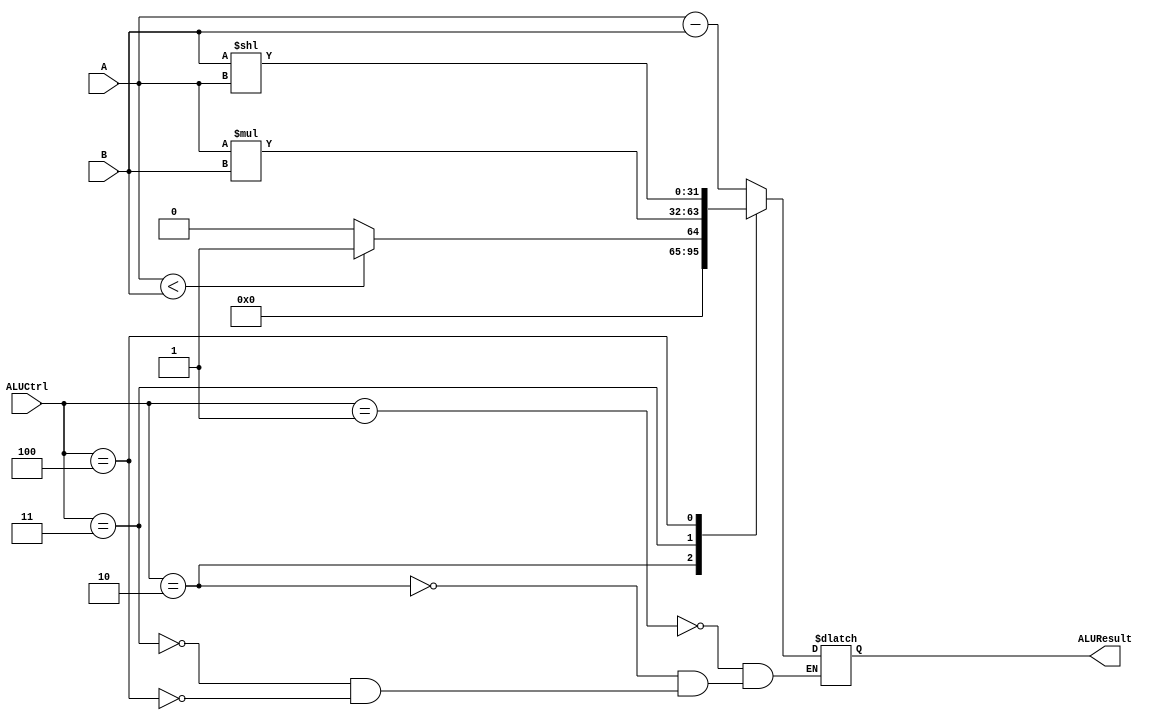
`timescale 1ns / 1ps
////////////////////////////////////////////////////////////////////////////////
// ECE369 - Computer Architecture
// Laboratory 3 (PreLab)
// Module - ALU32Bit.v
// Description - 32-Bit wide arithmetic logic unit (ALU).
//
// INPUTS:-
// ALUControl: 4-Bit input control bits to select an ALU operation.
// A: 32-Bit input port A.
// B: 32-Bit input port B.
//
// OUTPUTS:-
// ALUResult: 32-Bit ALU result output.
// ZERO: 1-Bit output flag. 
//
// FUNCTIONALITY:-
// Design a 32-Bit ALU behaviorally, so that it supports addition,  subtraction,
// AND, OR, and set on less than (SLT). The 'ALUResult' will output the 
// corresponding result of the operation based on the 32-Bit inputs, 'A', and 
// 'B'. The 'Zero' flag is high when 'ALUResult' is '0'. The 'ALUControl' signal 
// should determine the function of the ALU based on the table below:-
// Op   | 'ALUControl' value
// ==========================
// ADD  | 0010
// SUB  | 0110
// AND  | 0000
// OR   | 0001
// SLT  | 0111
//
// NOTE:-
// SLT (i.e., set on less than): ALUResult is '32'h000000001' if A < B.
// 
// 
//Wesley Folz
//Anthony Giang
//
////////////////////////////////////////////////////////////////////////////////
module ALU32Bit(ALUCtrl, A, B, ALUResult);




	input [2:0] ALUCtrl; // control bits for ALU operation
	input signed [31:0] A, B;	    // inputs

	output[31:0] ALUResult;	// answer


	 
	 reg [31:0] ALUtemp;
	 assign ALUResult = ALUtemp;
	 
	always@(ALUCtrl, A, B) begin
	
		case(ALUCtrl)
		
	
	//			3'b000: ALUtemp <= A + B;		//add, addi (done with carry lookahead adder)
	
				3'b001: ALUtemp <= A - B;		//sub

				//slt, slti
				3'b010: begin	
							if(A < B) begin
								ALUtemp <= 32'h00000001;
							end
							else begin
								ALUtemp <= 32'h00000000;
							end
						end		

		
				//mul
				3'b011: ALUtemp <= A * B;					
	
				//sll
				3'b100: ALUtemp <= B << A;	
	
			endcase
		
		end
	
		
	
	
	
endmodule